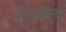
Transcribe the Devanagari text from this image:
अंजलिक